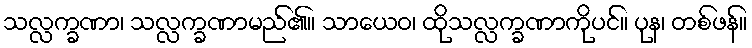
သလ္လက္ခဏာ၊ သလ္လက္ခဏာမည်၏။ သာယေဝ၊ ထိုသလ္လက္ခဏာကိုပင်။ ပုန၊ တစ်ဖန်။